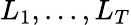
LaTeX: L_{1},...,L_{T}